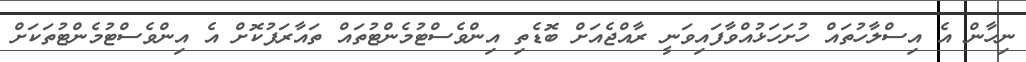
ނިހާން އެ އިސްލާހުތައް ހުށަހަޅުއްްވާފައިވަނީ ރާއްޖެއަށް ބޮޑެތި އިންވެސްޓުމެންޓުތައް ތައާރަފުކޮށް އެ އިންވެސްޓުމެންޓުތަކަށް